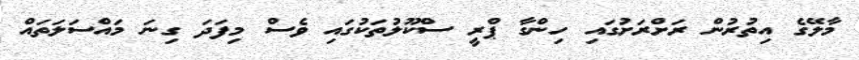
މާލޭގެ އިތުރުން ރަށްރަށުގައި ހިންގާ ޕްރީ ސްކޫލުތަކުގައި ވެސް މިފަދަ ގިނަ މައްސަލަތައް